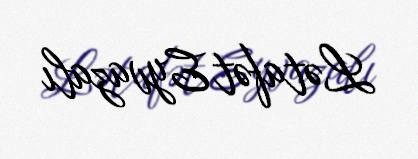
Lətafət Eyvazalı